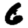
Digit: 6